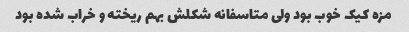
مزه کیک خوب بود ولی متاسفانه شکلش بهم ریخته و خراب شده بود